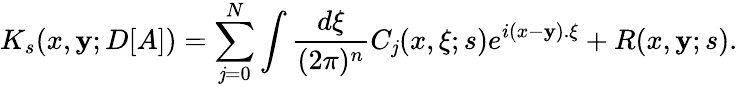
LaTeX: K_{s}(x,\mathbf{y};D[A])=\sum_{\mathit{j}=0}^{N}\int\frac{{d\xi}}{{(2\pi)^{n}}}C_{\mathit{j}}(x,\xi;s)e^{i(x-\mathbf{y}).\xi}+R(x,\mathbf{y};s).